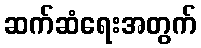
ဆက်ဆံရေးအတွက်